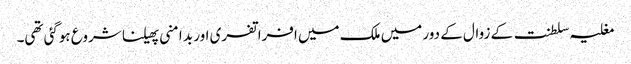
مغلیہ سلطنت کے زوال کے دور میں ملک میں افراتفری اور بد امنی پھیلنا شروع ہوگئی تھی۔